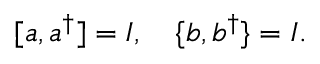
[ a , a ^ { \dagger } ] = I , \ \ \ \{ b , b ^ { \dagger } \} = I .